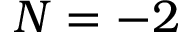
N = - 2